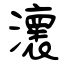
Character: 瀤